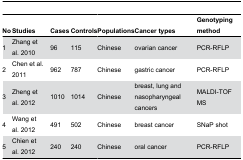
| No | Studies | Cases | Controls | Populations | Cancer types | Genotyping method |
 | --- | --- | --- | --- | --- | --- | --- |
 | 1 | Zhang et al. 2010 | 96 | 115 | Chinese | ovarian cancer | PCR-RFLP |
 | 2 | Chen et al. 2011 | 962 | 787 | Chinese | gastric cancer | PCR-RFLP |
 | 3 | Zheng et al. 2012 | 1010 | 1014 | Chinese | breast, lung and nasopharyngeal cancers | MALDI-TOF MS |
 | 4 | Wang et al. 2012 | 491 | 502 | Chinese | breast cancer | SNaP shot |
 | 5 | Chien et al. 2012 | 240 | 240 | Chinese | oral cancer | PCR-RFLP |